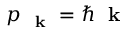
p _ { \mathrm { ~ \bf ~ k ~ } } = \hbar \mathrm { ~ \bf ~ k ~ }